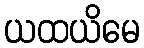
ယထယိမေ